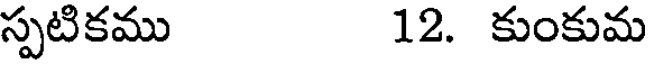
స్పటికము 12. కుంకుమ